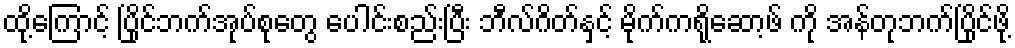
ထု့ိကြောင့် ပြိုင်ဘက်အုပ်စုတွေ ပေါင်းစည်းပြီး ဘီလ်ဂိတ်နှင့် မိုက်ကရိုဆော့ဖ် ကို အန်တုဘက်ပြိုင်ဖို့